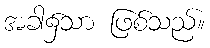
အခါ၌သာ ဖြစ်သည်။